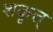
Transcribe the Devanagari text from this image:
शकृत्